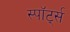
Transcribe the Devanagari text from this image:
स्पॉर्ट्स